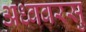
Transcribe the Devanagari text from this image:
अध्ववरसु